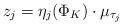
LaTeX: \begin{align*}z_j = \eta_j(\Phi_K)\cdot \mu_{\tau_j}\end{align*}